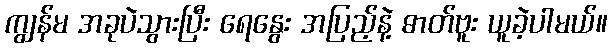
ကျွန်မ အခုပဲသွားပြီး ရေနွေး အပြည့်နဲ့ ဓာတ်ဗူး ယူခဲ့ပါမယ်။